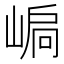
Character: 𡹫